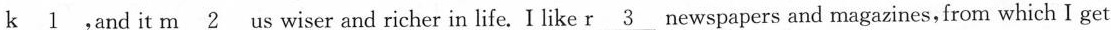
\underline{k 1} ,and it \underline{m 2} us wiser and richer in life. I like \underline{r 3} newspapers and magazines,from which I get